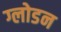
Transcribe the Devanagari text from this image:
ग्लोडन